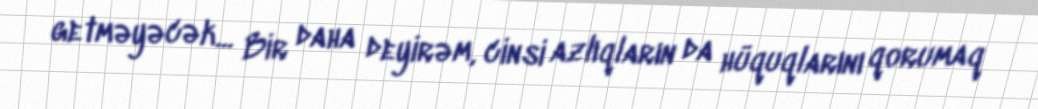
getməyəcək... Bir daha deyirəm, cinsi azlıqların da hüquqlarını qorumaq